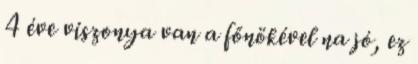
4 éve viszonya van a főnökével na jó, ez